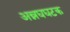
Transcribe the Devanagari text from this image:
अन्नघघटक